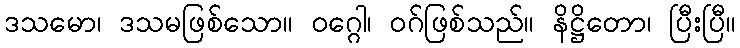
ဒသမော၊ ဒသမဖြစ်သော။ ဝဂ္ဂေါ၊ ဝဂ်ဖြစ်သည်။ နိဋ္ဌိတော၊ ပြီးပြီ။